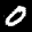
Digit: 0